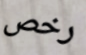
رخص